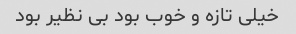
خیلی تازه‌ و خوب بود بی نظیر بود